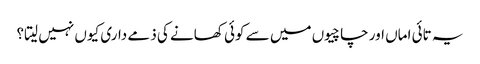
یہ تائی اماں اور چاچیوں میں سے کوئی کھانے کی ذمے داری کیوں نہیں لیتا؟